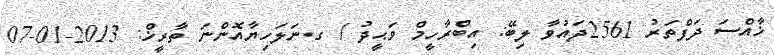
ޚާއްސަ ދަފްތަރު 2561ދައުވާ ލިބޭ: އިބްރާހީމް ވަޙީދު / ގ.ނަލަހިޔާއޮންނަ ތާރީޚް: 2013-01-07